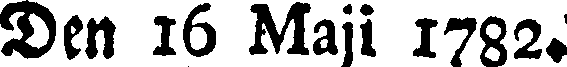
Den 16 Maji 1732.